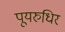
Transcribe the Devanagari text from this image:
पूयरुधिर